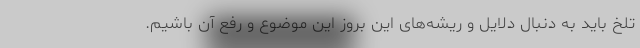
تلخ باید به دنبال دلایل و ریشه‌های این بروز این موضوع و رفع آن باشیم.